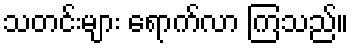
သတင်းများ ရောက်လာ ကြသည်။